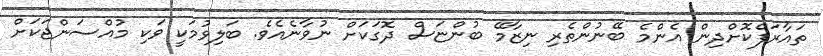
ތައާރަފްކޮށްދިިން އެންމެ ބޭނުންތެރި ނިޒާމޭ ބުންޏަސް ދޮގަކަށް ނުވާނެއެވެ. ބަލިވުމަކީ ވަކި މުއްސަންޖަކަށް